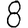
Digit: 8